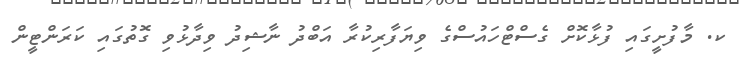
ކ. މާފުށީގައި ފުޅާކޮށް ގެސްޓްހައުސްގެ ވިޔަފާރިކުރާ އަބްދު ނާޝިދު ވިދާޅުވި ގޮތުގައި ކަރަންޓީން